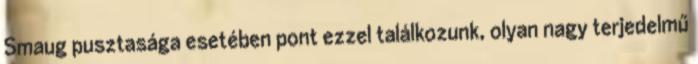
Smaug pusztasága esetében pont ezzel találkozunk, olyan nagy terjedelmű